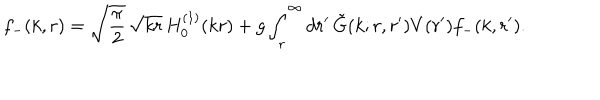
f _ { - } ( k , r ) = \sqrt { { \displaystyle { \frac { \pi } { 2 } } } } \, \sqrt { k r } \, H _ { 0 } ^ { ( 1 ) } ( k r ) + g \int _ { r } ^ { \infty } d r ^ { \prime } \, \tilde { G } ( k ; r , r ^ { \prime } ) V ( r ^ { \prime } ) f _ { - } ( k , r ^ { \prime } ) .